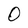
Character: 0